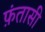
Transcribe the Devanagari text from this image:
फ़ंतासी